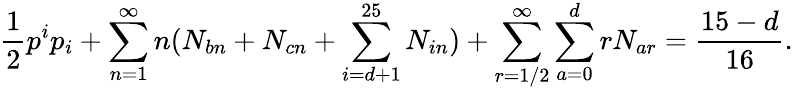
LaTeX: \frac{1}{2}p^{i}p_{i}+\sum_{n=1}^{\infty}n(N_{bn}+N_{cn}+\sum_{i=d+1}^{25}N_{in})+\sum_{r=1/2}^{\infty}\sum_{a=0}^{d}rN_{ar}={\frac{15-d}{16}}.